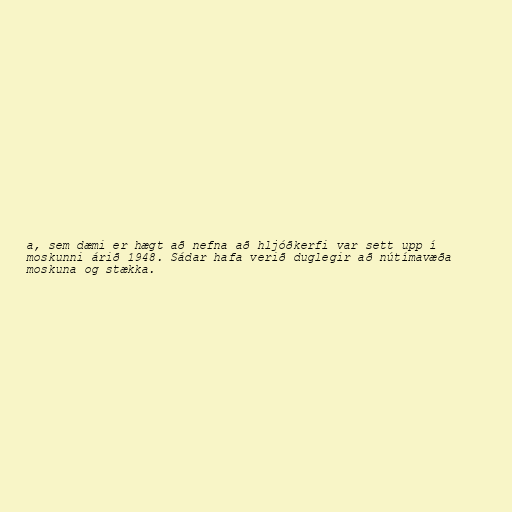
a, sem dæmi er hægt að nefna að hljóðkerfi var sett upp í
moskunni árið 1948. Sádar hafa verið duglegir að nútímavæða
moskuna og stækka.